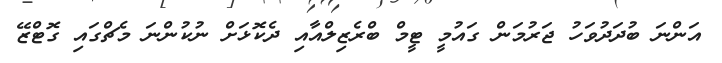
އަންނަ ބުދަދުވަހު ޖަރުމަން ގައުމީ ޓީމް ބްރެޒިލްއާއި ދެކޮޅަށް ނުކުންނަ މެޗްގައި ގޮޓްޒޭ